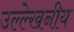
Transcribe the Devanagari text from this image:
उल्‍ल्‍ेखनीय